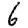
Digit: 6